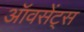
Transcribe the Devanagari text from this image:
ऑवसेंट्स